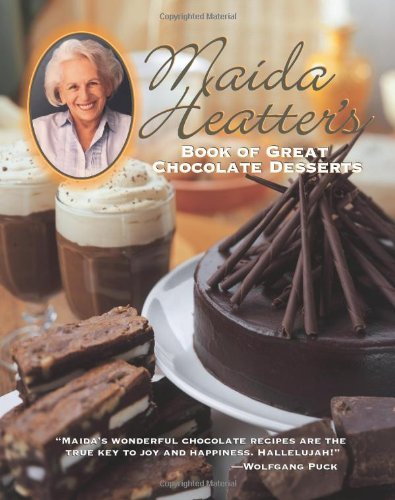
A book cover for Maida Heatter's Book of Great Chocolate Desserts; Maida Heatter; Cookbooks, Food & Wine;